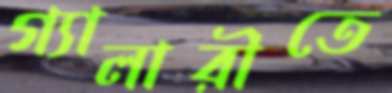
গ্যালারীতে